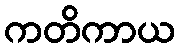
ကတိကာယ